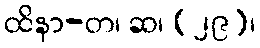
ထိနာ-တ၊ ဆ၊ (၂၉)၊